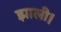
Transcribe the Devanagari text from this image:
झाली।